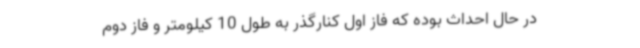
در حال احداث بوده که فاز اول کنارگذر به طول 10 کیلومتر و فاز دوم